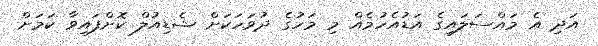
އަދި އެ މައްސަލައިގެ އަޑުއެހުމެއް މި މަހުގެ ދުވަހަކަށް ޝެޑިއުލް ކޮށްފައިވާ ކަމަށް